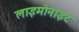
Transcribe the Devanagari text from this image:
लाइमोनाइट